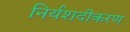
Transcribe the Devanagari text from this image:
निर्यशदीकरण